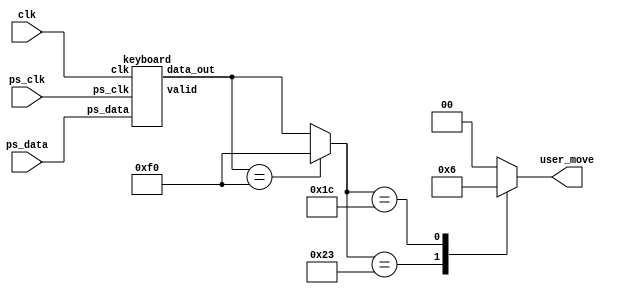
//Keyboard decoder to values we need

module kb_decoder (
	input clk,
	input ps_clk,
	input ps_data,
	
	output reg [1:0] user_move
	);

	parameter key_a = 8'h1C;			// left movement
	parameter key_d = 8'h23;			// right movement
	parameter release_start = 8'hF0; // start of break sequence
	
	
	reg [7:0] prev_kb_data;
	reg [7:0] kb_data;
	wire [7:0] kb_data_in;
	wire new_key;
	
	keyboard kb1 (
		.clk(clk),
		.ps_clk(ps_clk),
		.ps_data(ps_data),
		.data_out(kb_data_in),
		.valid(new_key)
	);
	
	
	//release mechanics
	always @(*) begin
		kb_data = kb_data_in;
		//load prev data since break keys start with F0
		prev_kb_data = (new_key && (prev_kb_data != kb_data) ) ? kb_data : prev_kb_data;
		
		kb_data = prev_kb_data == release_start ? release_start : kb_data;
		
		case (kb_data)
			key_d: user_move = 2'b01;
			key_a: user_move = 2'b10;
			
			default: user_move = 2'b00;
		endcase
		
	end
		



endmodule


////////////////////////////
/// keyboard interface to DE2
/// Feb 13 2015
/// ps2 interface
/// proto type
///////////////////////////

module keyboard (
 data_out ,    // data out
 clk		, 		// input 50 MHz clk
 ps_clk 	, 		// ps2 clock
 ps_data ,	 		// ps2 data
 valid 
 );			


 input clk;
 input ps_data;
 input ps_clk;
 
 output [7:0] data_out;
 output reg valid;
 
 //internal registers
  
 reg [7:0] counter;
 reg [10:0] data;
 reg cnt;
 reg cnt2;

///////////////////////////////////////
/////// counters enables       ////////
///////////////////////////////////////	

wire cnt1 = (counter >= 8'd11 )? 1'b1 : 1'b0;

/////////////////////////////
/// clock for PS2      //////
/////////////////////////////	

	 always @ (negedge ps_clk or posedge cnt1 )
	 
	 begin 
	 
		if (cnt1)
		begin
			counter <= 0;
			cnt <= 1;
		end
		
			else
			
		begin
			
			counter <= counter + 1;
			cnt <= 0;
			
		end	
	end
	
	
/////////////////////////////////////////////////////////////////////
/// Serial shift register to reteive data from the PS_data line   ///
/////////////////////////////////////////////////////////////////////

	
always @ (negedge ps_clk or  posedge cnt )

 begin
 
 if (cnt) begin  valid <= 1; end
 
 else
 
 case (counter)
 	
		8'd0	: begin valid = 1; data[0] = ps_data; end // start
		8'd1	: begin valid = 0; data[1] = ps_data; end // bit 0
		8'd2	: begin valid = 0; data[2] = ps_data; end // bit 1
		8'd3	: begin valid = 0; data[3] = ps_data; end // bit 2 	
		8'd4	: begin valid = 0; data[4] = ps_data; end // bit 3
		
		8'd5	: begin valid = 0; data[5] = ps_data; end // bit 4
		8'd6	: begin valid = 0; data[6] = ps_data; end // bit 5		
		8'd7	: begin valid = 0; data[7] = ps_data; end // bit 6
		8'd8	: begin valid = 0; data[8] = ps_data; end // bit 7
		
		8'd9	: begin valid = 1; data[9] = ps_data; end // parity
		8'd10 : begin valid = 1; data[10] = ps_data; end // stop
		8'd11	: begin valid = 1; end 
		8'd12	: begin valid = 1; end

	endcase
end
	
	
	assign data_out = data[8:1]; 


endmodule